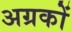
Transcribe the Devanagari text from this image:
अग्रकों